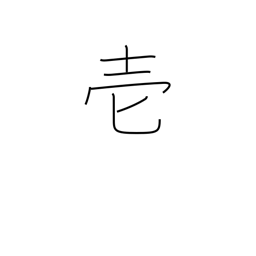
Meaning: one (in documents)